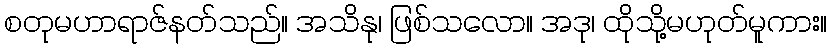
စတုမဟာရာဇ်နတ်သည်။ အသိနု၊ ဖြစ်သလော။ အဒု၊ ထိုသို့မဟုတ်မူကား။